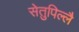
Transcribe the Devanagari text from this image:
सेतुपिल्लै